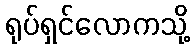
ရုပ်ရှင်လောကသို့